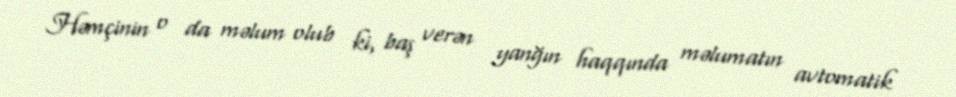
Həmçinin o da məlum olub ki, baş verən yanğın haqqında məlumatın avtomatik